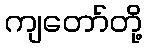
ကျတော်တို့